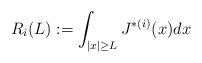
LaTeX: \begin{align*}R_i(L):=\int _{\vert x\vert \geq L} J^{*(i)}(x)dx\end{align*}